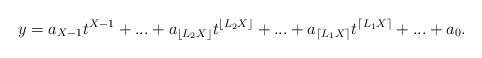
LaTeX: \begin{align*}y = a_{X-1} t^{X-1} + ... + a_{ \lfloor L_2 X \rfloor }t^{\lfloor L_2 X \rfloor }+ ... + a_{\lceil L_1 X \rceil} t^{ \lceil L_1 X \rceil } + ... + a_0 .\end{align*}